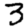
Digit: 3